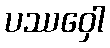
ပဿဝှေါ